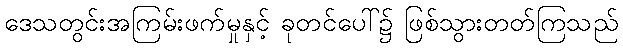
ဒေသတွင်းအကြမ်းဖက်မှုနှင့် ခုတင်ပေါ်၌ ဖြစ်သွားတတ်ကြသည်